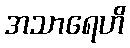
အသာရေဟိ